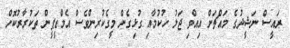
ރައީސް ނަޝީދުގެ މައްޗަށް އިއްވި ޖަލު ހުކުމާއި ގުޅިގެން މީގެކުރިންވެސް އެމްޑީޕީން ތަކުރާރުކޮށް